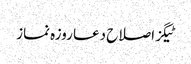
ٹیگزاصلاح دعا روزہ نماز